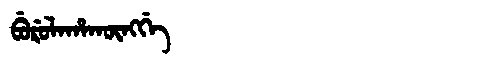
Manchu: ᠪᡠᡵᡠᠯᠠᡥᠠᡴᡡᠩᡤᡝ
Romanization: BURULAHAKŪNGGE